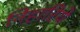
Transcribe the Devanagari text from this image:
निहारिये